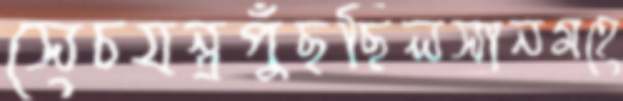
সেচযন্ত্রপুঁছছিলসানমহে